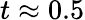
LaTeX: t\approx 0.5